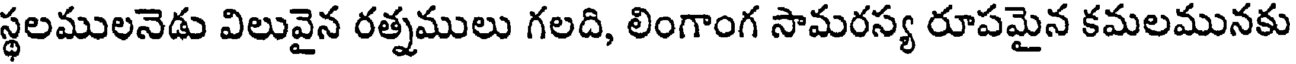
స్థలములనెడు విలువైన రత్నములు గలది, లింగాంగ సామరస్య రూపమైన కమలమునకు